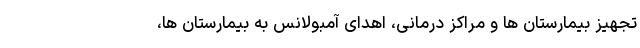
تجهیز بیمارستان ها و مراکز درمانی، اهدای آمبولانس به بیمارستان ها،